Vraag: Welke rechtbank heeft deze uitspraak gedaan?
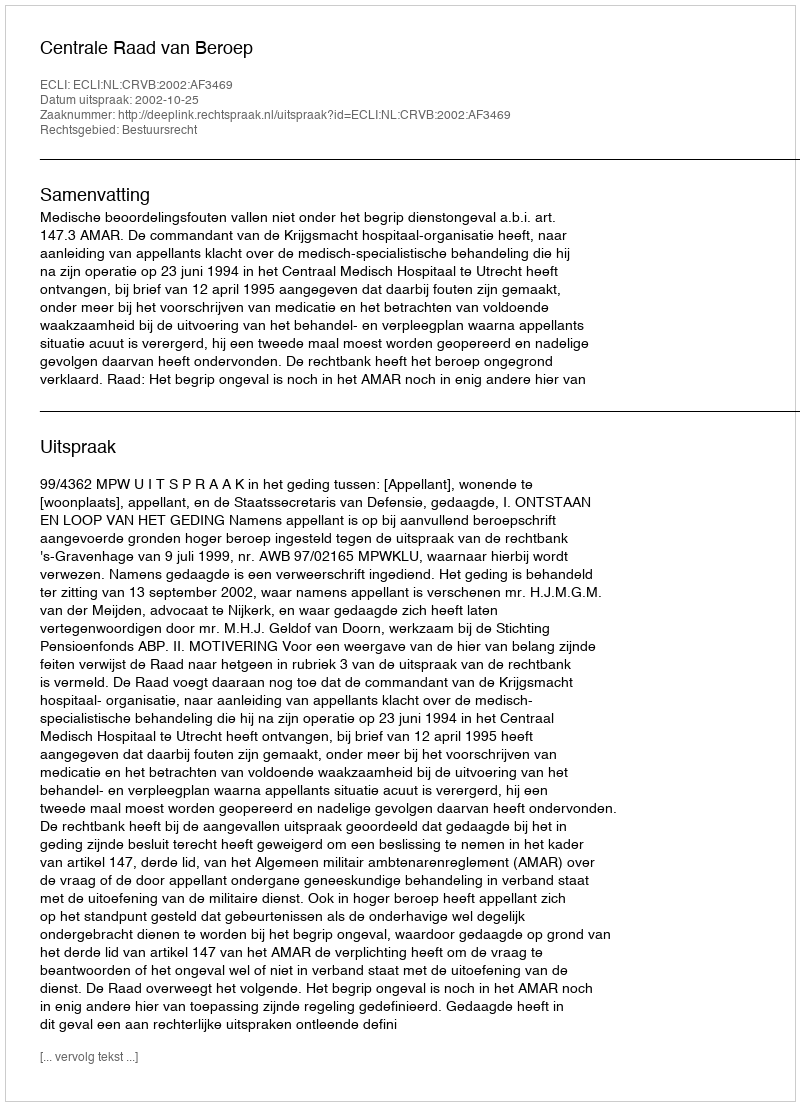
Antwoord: Centrale Raad van Beroep